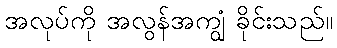
အလုပ်ကို အလွန်အကျွံ ခိုင်းသည်။